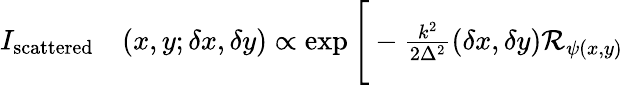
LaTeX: \begin{array}{rl}{I_{\textrm{scattered}}}&{{}(x,y;\delta x,\delta y)\propto\exp\Bigg[-\frac{k^{2}}{2\Delta^{2}}(\delta x,\delta y)\mathcal{R}_{\psi(x,y)}}\end{array}